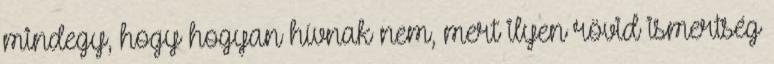
mindegy, hogy hogyan hívnak nem, mert ilyen rövid ismertség